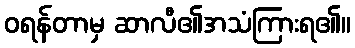
ဝရန်တာမှ ဆာလီ၏အသံကြားရ၏။